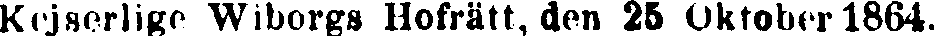
Kejserlige Wiborgs Hofrätt, den 25 Oktober 1864.